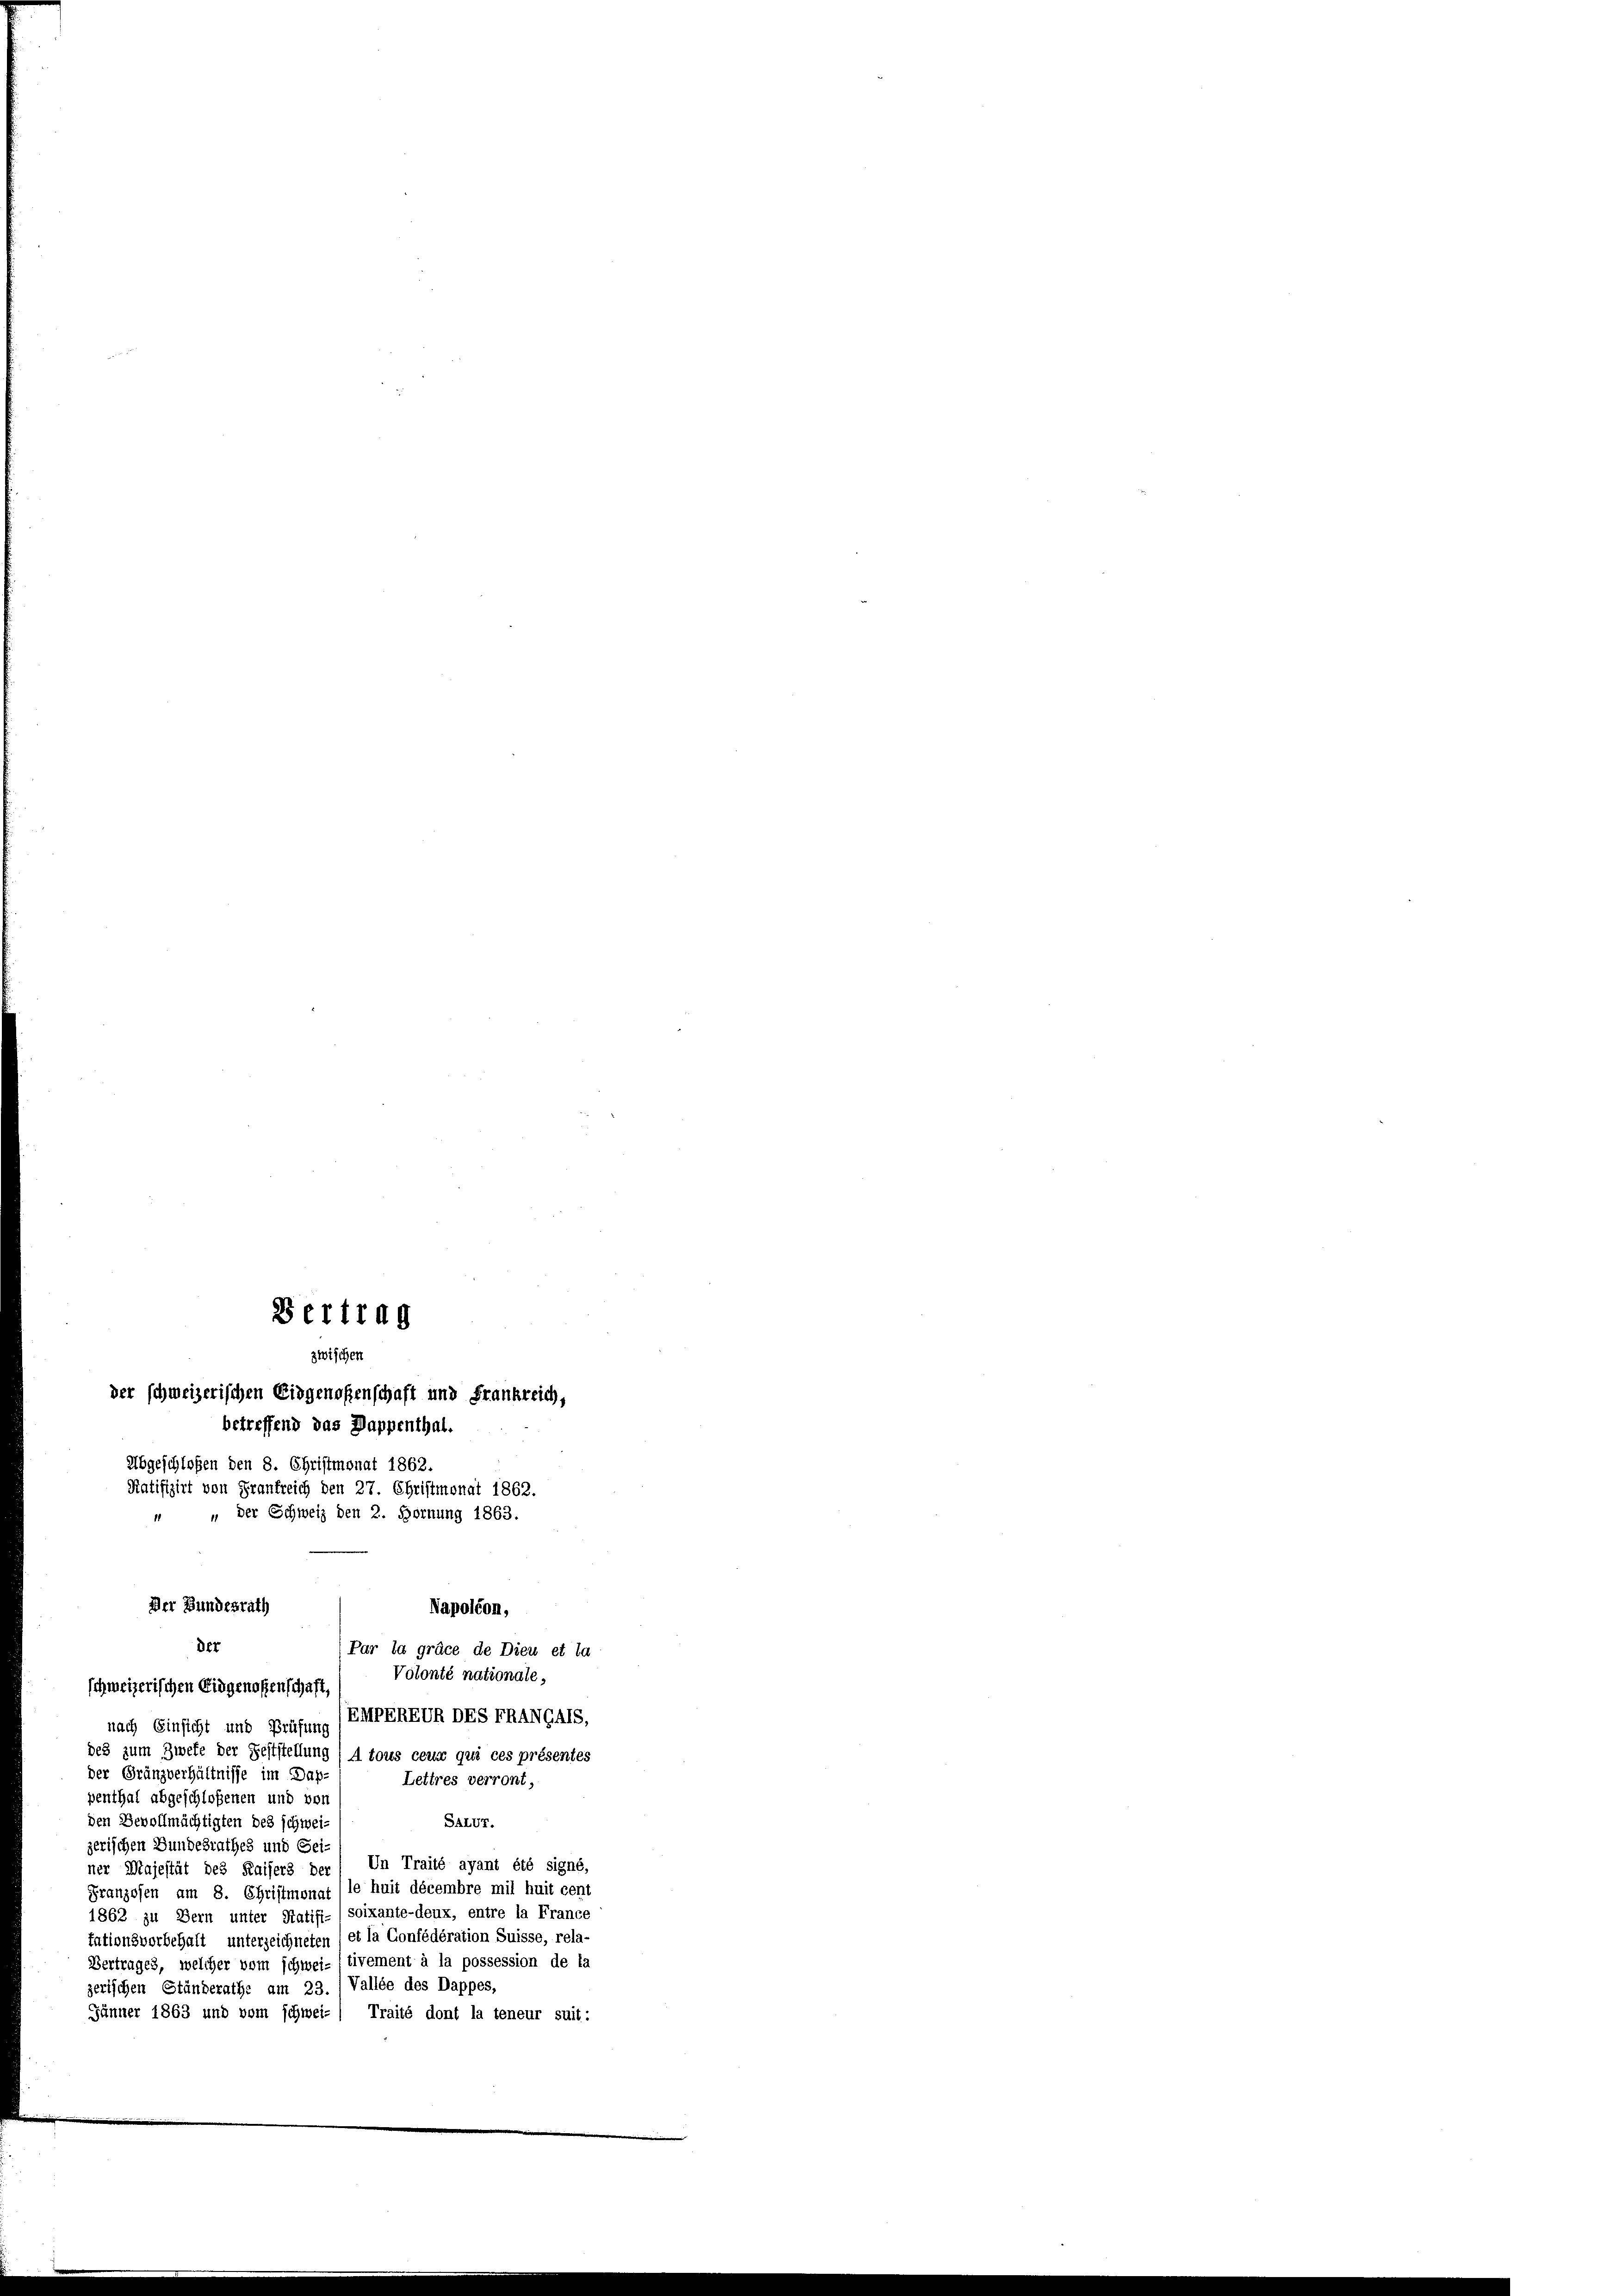
betreffend das Dappenthal.
Abgeschloßen den 8. Christmonat 1862.
Ratifizirt von Frankreich den 27. Christmonat 1862.
Der Bundesrath
Napoléon,
der
Par la grace de Dieu et la
Volonté nationale,
schweizerischen Eidgenossenschaft
EMPEREUR DES TRANGALS,
nach Einsicht und Prüfung
des zum Zwete der Feststellung (A tous ceux qui ces présentes
der Gränzverhältnisse im Dap-
Lettres verront,
penthal abgeschloßenen und von
den Bevollmächtigten des schwei-
Satur.
zerischen Bundesrathes und Gei-
ner Majestät des Kaisers der / Un Traité ayant été signé,
Franzosen am 8. Christmonat (le huit décembre mit huit cent
soixante-deux, entre la France
1862 zu Bern unter Ratifi
tationsvorbehalt unterzeichneten et la Confédération Suisse, rela-
Vertrages, welcher vom schwei- tivement à la possession de la
zerischen Ständerathe am 23. / Vallée des Dappes,
Jänner 1863 und vom schwei- ) Traité dont la teneur suit:

Bertrag
zwischen
der schweizerischen Eidgenoßenschaft und Frankreich,

" der Schweiz den 2. Hornung 1863.